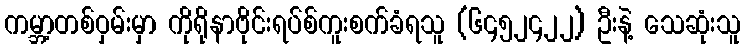
ကမ္ဘာ့တစ်ဝှမ်းမှာ ကိုရိုနာဗိုင်းရပ်စ်ကူးစက်ခံရသူ (၆၄၅၂၄၂၂) ဦးနဲ့ သေဆုံးသူ